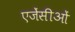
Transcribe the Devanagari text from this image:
एजेंसीओं